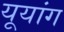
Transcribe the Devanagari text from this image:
यूयांग